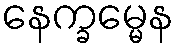
နေက္ခမ္မေန